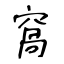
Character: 窩